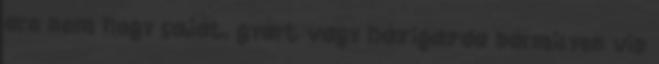
are nem hogy saját, gyárt vagy házigazda bármilyen vip